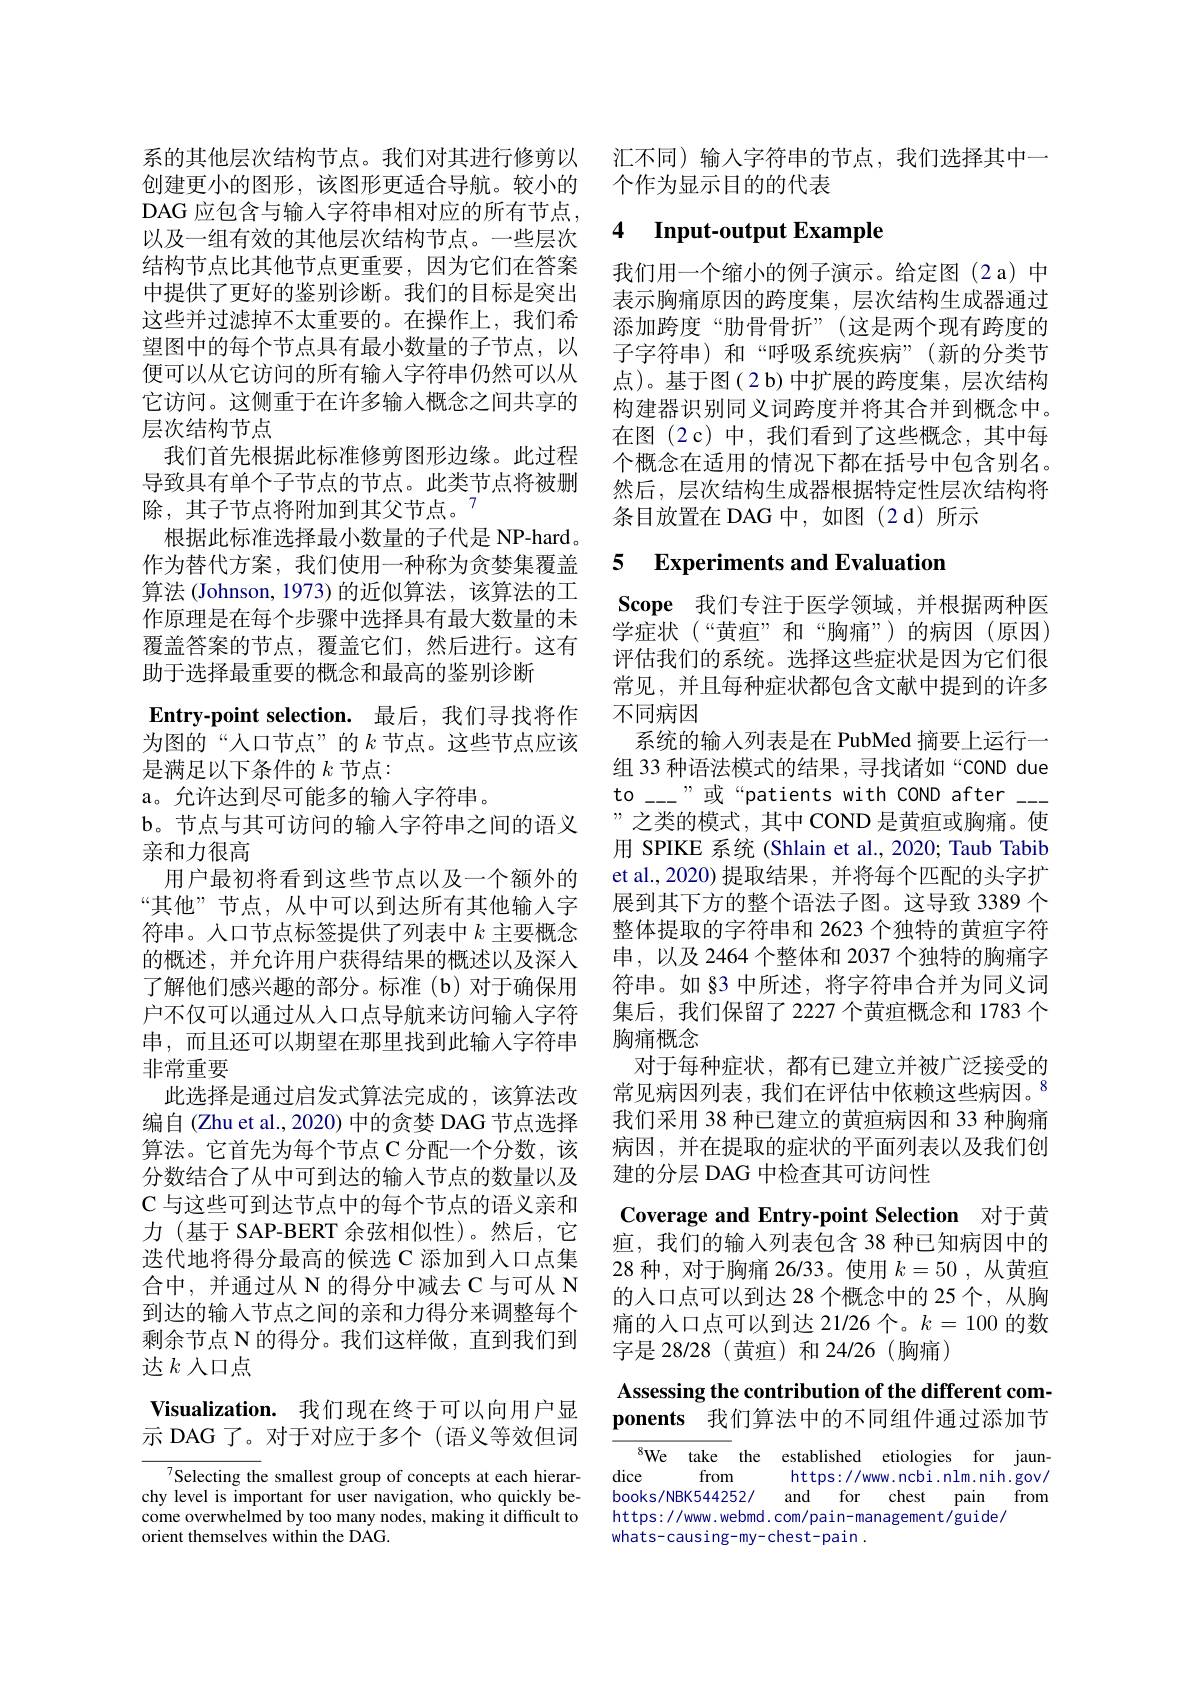
系的其他层次结构节点。我们对其进行修剪以创建更小的图形，该图形更适合导航。较小的DAG 应包含与输人字符串相对应的所有节点， 以及一组有效的其他层次结构节点。一些层次结构节点比其他节点更重要，因为它们在答案中提供了更好的鉴别诊断。我们的目标是突出这些并过滤掉不太重要的。在操作上，我们希望图中的每个节点具有最小数量的子节点，以便可以从它访问的所有输入字符串仍然可以从它访问。这侧重于在许多输入概念之间共享的层次结构节点
我们首先根据此标准修剪图形边缘。此过程导致具有单个子节点的节点。此类节点将被删除，其子节点将附加到其父节点。$^{7}$
根据此标准选择最小数量的子代是 NP-hard。作为替代方案，我们使用一种称为贪婪集覆盖算法 (Johnson, 1973) 的近似算法，该算法的工作原理是在每个步骤中选择具有最大数量的未覆盖答案的节点，覆盖它们，然后进行。这有助于选择最重要的概念和最高的鉴别诊断
Entry-point selection. 最后，我们寻找将作为图的“人口节点”的$k$ 节点。这些节点应该是满足以下条件的$k$节点：
a。允许达到尽可能多的输入字符串。
b。节点与其可访问的输入字符串之间的语义
亲和力很高
用户最初将看到这些节点以及一个额外的“其他”节点，从中可以到达所有其他输入字符串。人口节点标签提供了列表中$k$主要概念的概述，并允许用户获得结果的概述以及深入了解他们感兴趣的部分。标准(b)对于确保用户不仅可以通过从人口点导航来访问输入字符串，而且还可以期望在那里找到此输入字符串非常重要
此选择是通过启发式算法完成的，该算法改编自(Zhu et al., 2020) 中的贪婪 DAG 节点选择算法。它首先为每个节点 C 分配一个分数，该分数结合了从中可到达的输入节点的数量以及C 与这些可到达节点中的每个节点的语义亲和力(基于 SAP-BERT 余弦相似性)。然后，它迭代地将得分最高的候选 C 添加到人口点集合中，并通过从 N 的得分中减去 C 与可从 N 到达的输入节点之间的亲和力得分来调整每个剩余节点 N 的得分。我们这样做，直到我们到达$k$人口点
Visualization. 我们现在终于可以向用户显

示 DAG 了。对于对应于多个 (语义等效但词

${^{7}\text{Selecting th}}$e smallest group of concepts at each hierarchy level is important for user navigation, who quickly become overwhelmed by too many nodes, making it difficult to orient themselves within the DAG.

汇不同) 输入字符串的节点，我们选择其中一
个作为显示目的的代表

## 4 Input-output Example

我们用一个缩小的例子演示。给定图(2 a)中表示胸痛原因的跨度集，层次结构生成器通过添加跨度“肋骨骨折”(这是两个现有跨度的子字符串)和“呼吸系统疾病”(新的分类节点)。基于图(2 b)中扩展的跨度集，层次结构构建器识别同义词跨度并将其合并到概念中。在图(2c)中，我们看到了这些概念，其中每个概念在适用的情况下都在括号中包含别名。然后，层次结构生成器根据特定性层次结构将条目放置在 DAG 中，如图(2 d)所示

### 5 Experiments and Evaluation

Scope 我们专注于医学领域，并根据两种医学症状(“黄疸”和“胸痛”)的病因(原因) 评估我们的系统。选择这些症状是因为它们很常见，并且每种症状都包含文献中提到的许多不同病因
系统的输入列表是在 PubMed 摘要上运行一组 33 种语法模式的结果，寻找诸如“COND due to\_---"或“patients with COND after\_ ”之类的模式，其中 COND 是黄疸或胸痛。使用 SPIKE 系统 (Shlain et al., 2020; Taub Tabib et al.,2020)提取结果，并将每个匹配的头字扩展到其下方的整个语法子图。这导致 3389 个整体提取的字符串和 2623 个独特的黄疸字符串，以及 2464 个整体和 2037 个独特的胸痛字符串。如 §3 中所述，将字符串合并为同义词集后，我们保留了2227 个黄疸概念和 1783 个胸痛概念
对于每种症状，都有已建立并被广泛接受的常见病因列表，我们在评估中依赖这些病因。$^{8}$ 我们采用 38 种已建立的黄疸病因和 33 种胸痛病因，并在提取的症状的平面列表以及我们创建的分层 DAG 中检查其可访问性

Coverage and Entry-point Selection 对于黄疸，我们的输入列表包含 38 种已知病因中的28 种，对于胸痛 26/33。使用$k=50$ ,从黄疸的人口点可以到达 28 个概念中的 25 个，从胸痛的人口点可以到达 21/26 个。$k=100$的数字是 28/28(黄疸)和 24/26(胸痛)

## Assessing the contribution of the different components 我们算法中的不同组件通过添加节

$^{8}$We take the established etiologies for jaun-
dice
from
https://www.ncbi.nlm.nih.gov/
books/NBK544252/ and for chest pain from
https://www.webmd.com/pain-management/guide/
whats-causing-my-chest-pain.